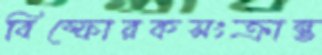
বিস্ফোরকসংক্রান্ত